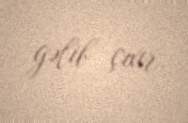
gəlib çıxır.